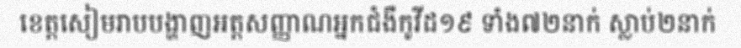
ខេត្តសៀមរាបបង្ហាញអត្តសញ្ញាណអ្នកជំងឺកូវីដ១៩ ទាំង៧២នាក់ ស្លាប់២នាក់